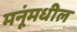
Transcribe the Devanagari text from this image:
मनूंमधील